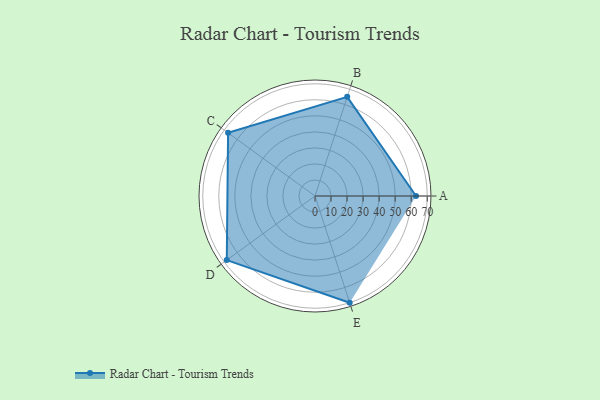
{"axis": {"x": "Skill", "y": "Score"}, "legend": ["Profile"], "data": [{"x": "A", "y": 63.0, "type": "Profile"}, {"x": "B", "y": 65.0, "type": "Profile"}, {"x": "C", "y": 67.0, "type": "Profile"}, {"x": "D", "y": 68.0, "type": "Profile"}, {"x": "E", "y": 70.0, "type": "Profile"}]}